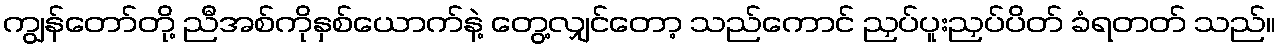
ကျွန်တော်တို့ ညီအစ်ကိုနှစ်ယောက်နဲ့ တွေ့လျှင်တော့ သည်ကောင် ညှပ်ပူးညှပ်ပိတ် ခံရတတ် သည်။